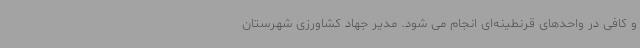
و کافی در واحدهای قرنطینه‌ای انجام می شود. مدیر جهاد کشاورزی شهرستان